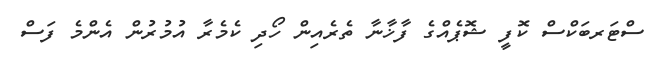
ސްޓަރބަކްސް ކޮފީ ޝޮޕެއްގެ ފާޚާނާ ތެރެއިން ހޯދި ކެމެރާ އުމުރުން އެންމެ ފަސް